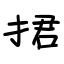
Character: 捃